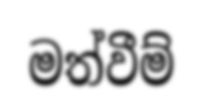
මත්වීම්